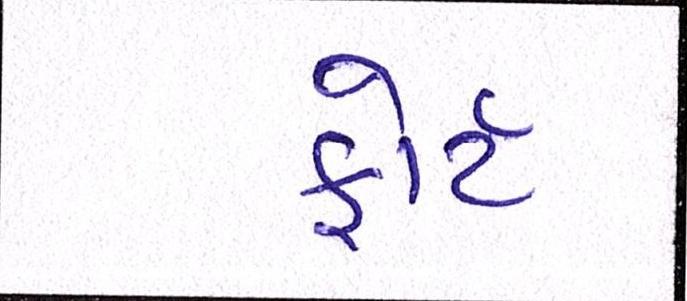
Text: ફોર્ટ